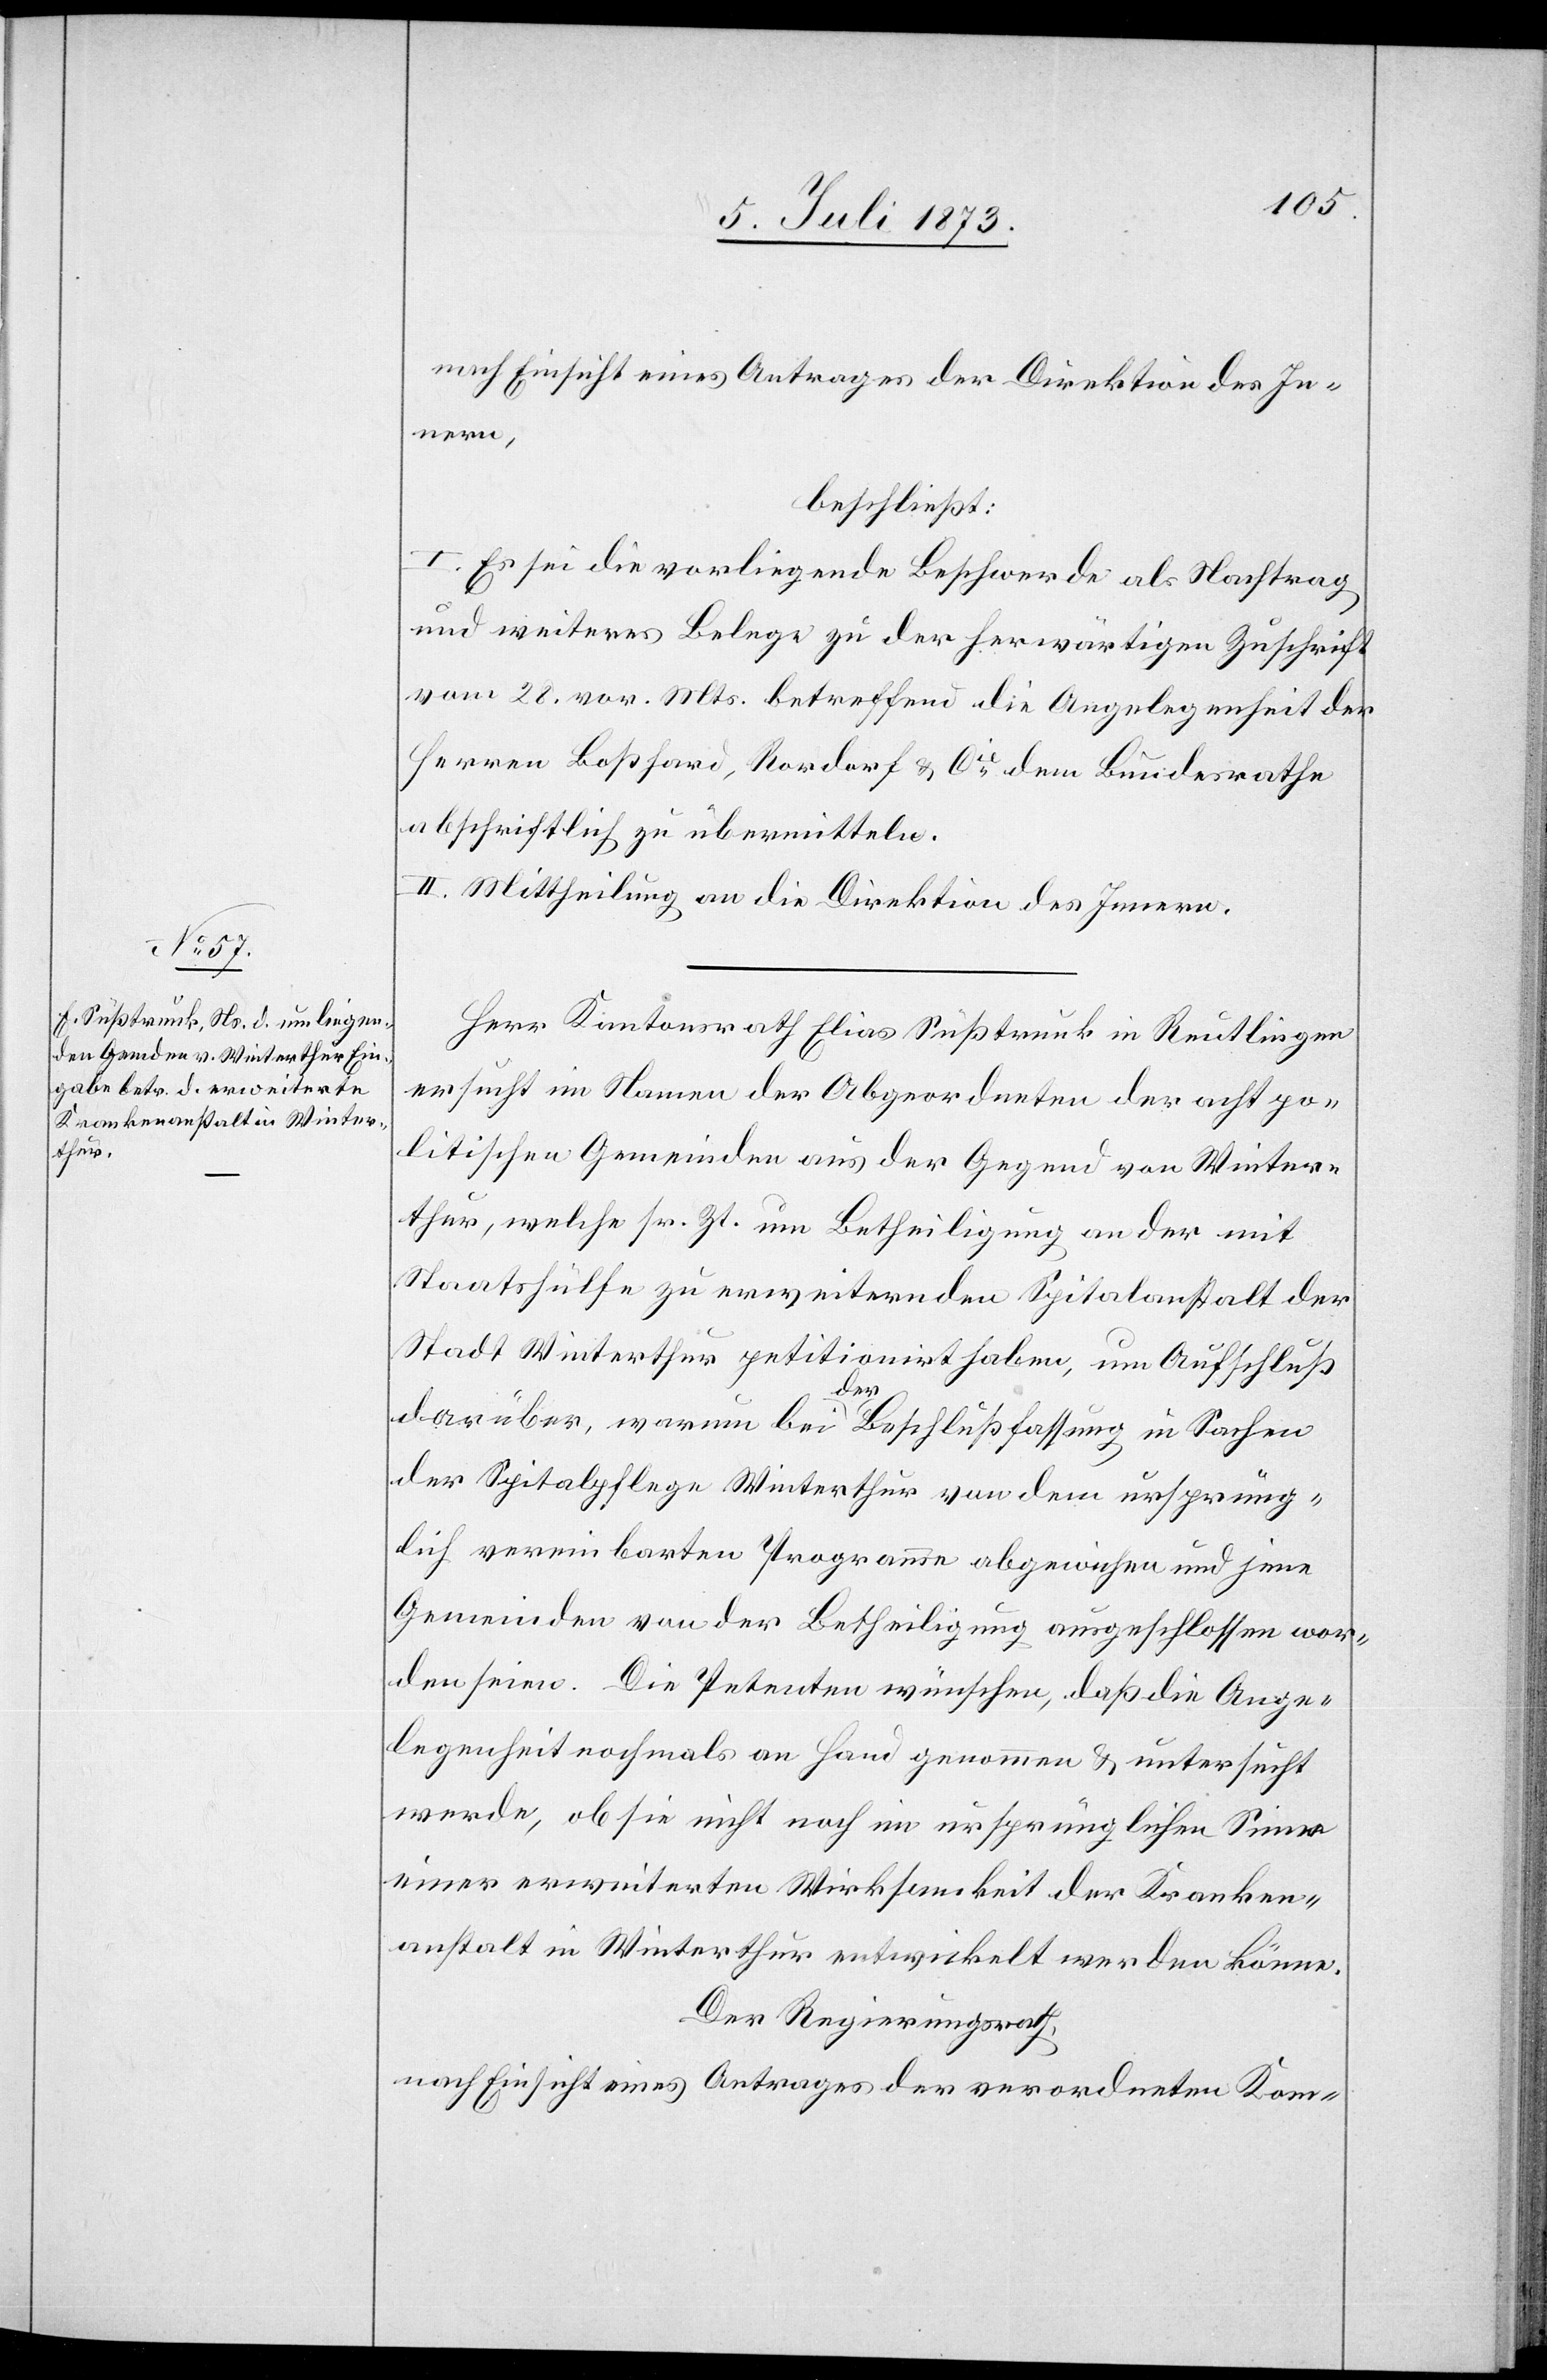
nach Einsicht eines Antrages der Direktion des In¬
nern,
beschließt:
I. Es sei die vorliegende Beschwerde als Nachtrag
und weiteres [sic!] Belege zu der herwärtigen Zuschrift
vom 28. vor. Mts. betreffend die Angelegenheit der
Herren Boßhard, Rordorf & Cie dem Bundesrathe
abschriftlich zu übermitteln.
II. Mittheilung an die Direktion des Innern.
Herr Kantonsrath Elias Süßtrunk in Reutlingen
ersucht im Namen der Abgeordneten der acht po¬
litischen Gemeinden aus der Gegend von Winter¬
thur, welche sr. Zt. um Betheiligung an der mit
Staatshülfe zu erweiternden Spitalanstalt der
Stadt Winterthur petiti¬
onirt haben, um Aufschluß
darüber, warum bei der Beschlußfassung in Sachen
der Spitalpflege Winterthur von dem ursprüng¬
lich vereinbarten Programme abgewichen und jene
Gemeinden von der Betheiligung ausgeschlossen wor¬
den seien. Die Petenten wünschen, daß die Ange¬
legenheit nochmals an Hand genommen & untersucht
werde, ob sie nicht noch im ursprünglichen Sinne
einer erweiterten Wirksamkeit der Kranken¬
anstalt in Winterthur entwickelt werden könne.
Der Regierungsrath,
nach Einsicht eines Antrages der verordneten Kom-